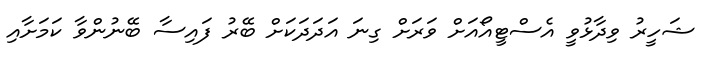
ޝަހީރު ވިދާޅުވީ އެސްޓީއޯއަށް ވަރަށް ގިނަ އަދަދަކަށް ބޭރު ފައިސާ ބޭނުންވާ ކަމަށާއި